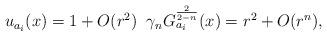
LaTeX: \begin{align*}u_{ a _{i}}(x)=1+O(r^{2})\;\;\gamma_{n}G^{\frac{2}{2-n}}_{ a _{i}}(x)=r^{2}+O(r^{n}),\end{align*}